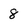
Character: 8